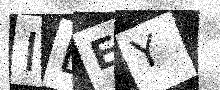
Text: IBEY